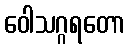
ဝေါသဂ္ဂရတော